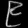
Digit: ၉